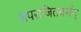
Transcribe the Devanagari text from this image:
अपराजितवर्मन्